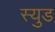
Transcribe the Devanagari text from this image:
स्युड